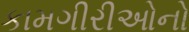
કામગીરીઓનો